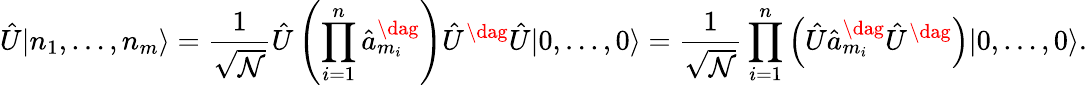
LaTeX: \hat{U}|n_{1},\dots,n_{m}\rangle=\frac{1}{\sqrt{\mathcal{N}}}\hat{U}\left(\prod_{i=1}^{n}\hat{a}_{m_{i}}^{\dag}\right)\hat{U}^{\dag}\hat{U}|0,\dots,0\rangle=\frac{1}{\sqrt{\mathcal{N}}}\prod_{i=1}^{n}\left(\hat{U}\hat{a}_{m_{i}}^{\dag}\hat{U}^{\dag}\right)|0,\dots,0\rangle.